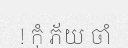
! កុំ ភ័យ ចាំ